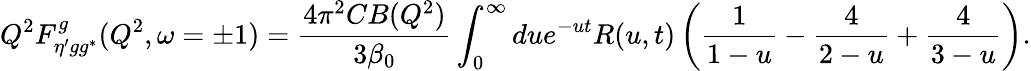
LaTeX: Q^{2}F_{\eta^{\prime}gg^{*}}^{g}(Q^{2},\omega=\pm 1)=\frac{4\pi^{2}CB(Q^{2})}{3\beta_{0}}\int_{0}^{\infty}due^{-ut}R(u,t)\left(\frac 1{1-u}-\frac 4{2-u}+\frac 4{3-u}\right).